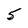
Character: 5